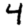
Digit: 4